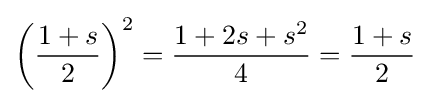
\left({\frac {1+s}{2}}\right)^{2}={\frac {1+2s+s^{2}}{4}}={\frac {1+s}{2}}